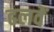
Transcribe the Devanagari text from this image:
ढलवें